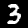
Digit: 3